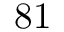
8 1